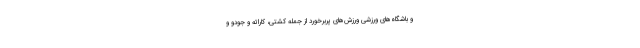
و باشگاه‌های ورزشی ورزش‌های پربرخورد از جمله کشتی، کاراته و جودو و